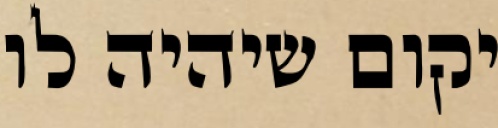
יקום שיהיה לו